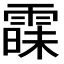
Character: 𮦠